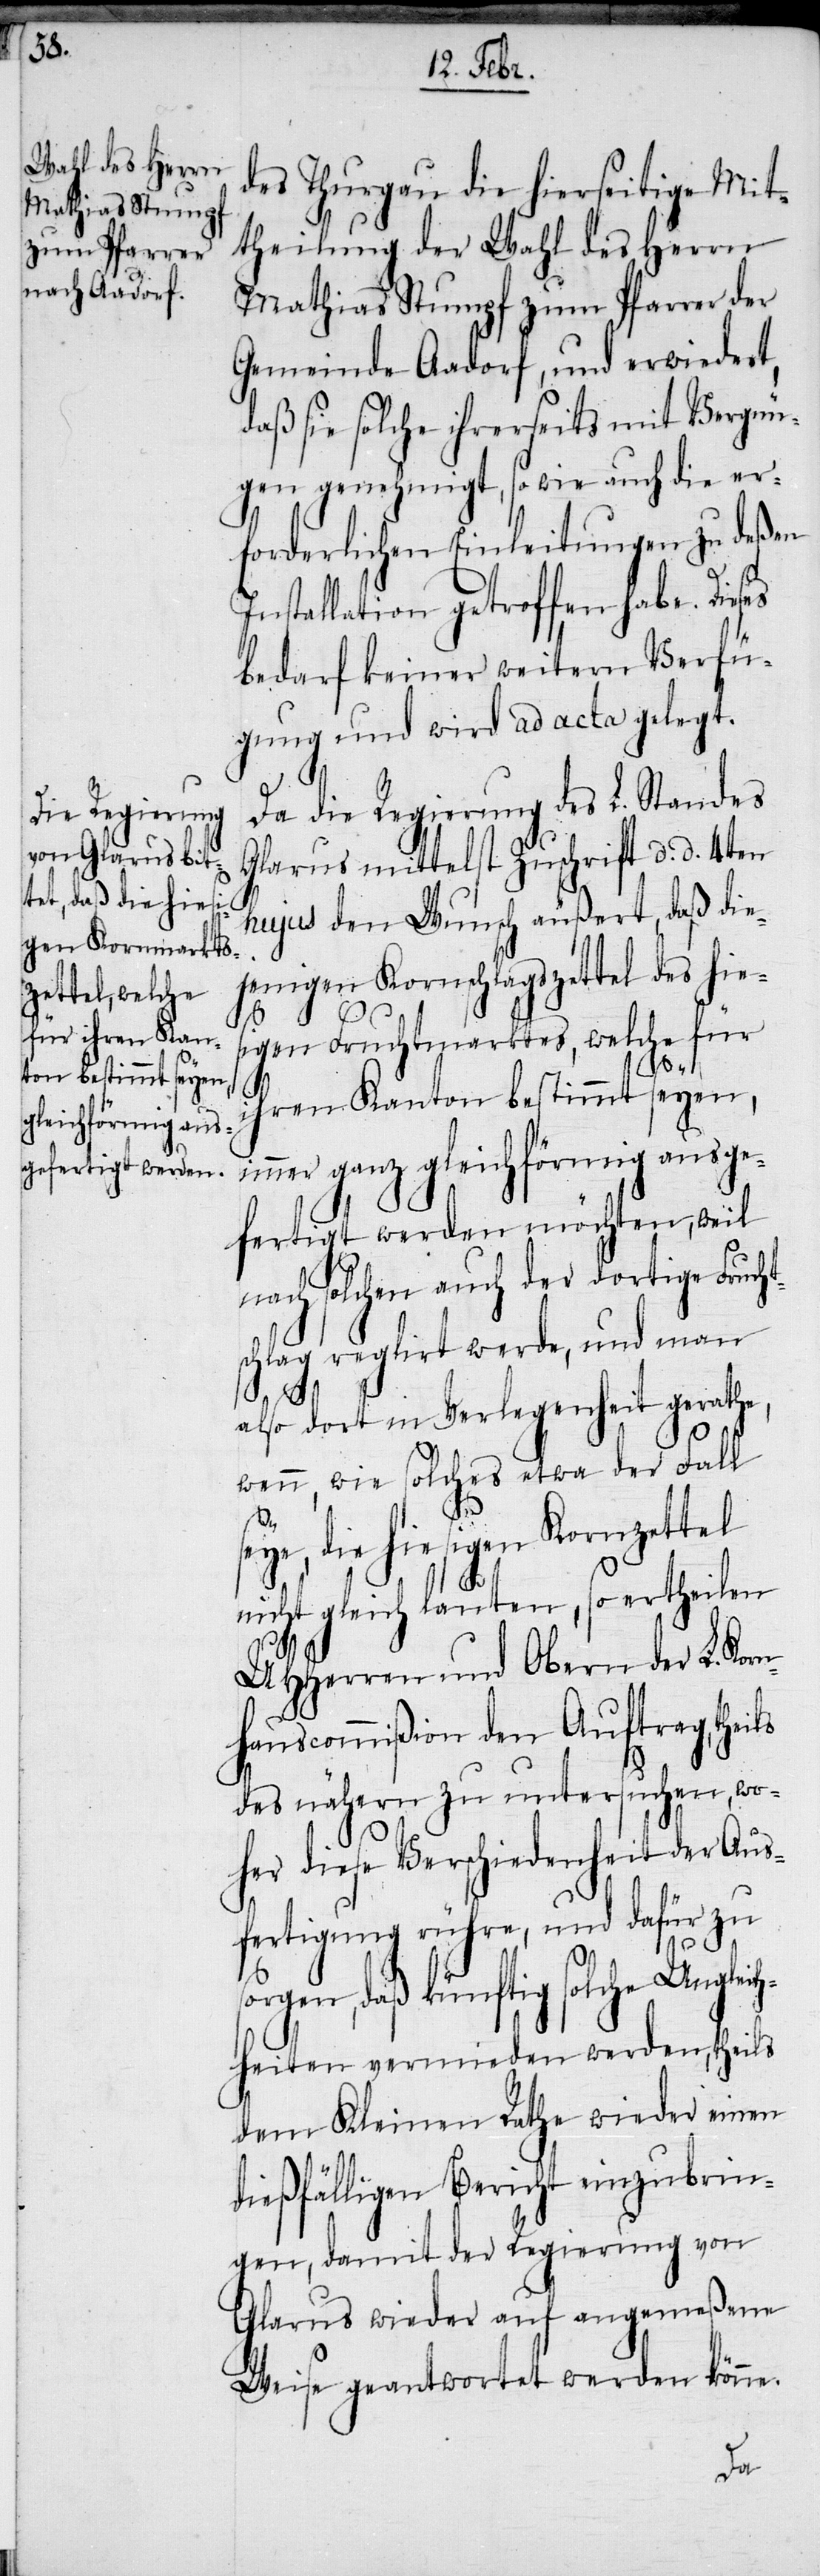
des Thurgau die hierseitige Mit¬
theilung der Wahl des Herrn
Mathias Stumpf zum Pfarrer der
Gemeinde Aadorf, und erwiedert,
daß sie solche ihrerseits mit Vergnü¬
gen genehmigt, so wie auch die er¬
forderlichen Einleitungen zu deßen
Installation getroffen habe. Die¬
bedarf keiner weitern Verfü¬
gung und wird ad acta gelegt.
Da die Regierung des L. Standes
Glarus mittelst Zuschrift d. d. 4ten
hujus den Wunsch äußert, daß die¬
jenigen Kornschlagszettel des hies¬
igen Fruchtmarktes, welche für
so¬
ihren Kanton bestimmt seyen,
immer ganz gleichförmig ausge¬
fertigt werden möchten, weil
nach solchen auch der dortige Fruch¬
schlag reglirt werde, und man
also dort in Verlegenheit gerathe,
wenn, wie solches etwa der Fall
e, die hiesigen Kornzettel
icht gleich lauten, so ertheilen
UHHerren und Obern der L. Kor¬
nhauscommißion den Auftrag, theils
des nähern zu untersuchen, wo¬
her diese Verschiedenheit der Aus¬
fertigung rühre, und dafür zu
rgen, daß künftig solche Ungleic¬
hheiten vermieden werden, theils
dem Kleinen Rathe wieder einen
dießfälligen Bericht einzubrin¬
gen, damit der Regierung von
Glarus wieder auf angemeßene
Weise geantwortet werden könne.